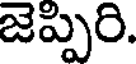
జెప్పిరి.